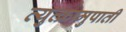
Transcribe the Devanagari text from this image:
व्युत्क्रामुपाती